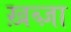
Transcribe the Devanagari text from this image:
ख़ब्ज़ा